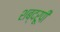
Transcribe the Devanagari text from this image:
शब्दरूपी